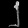
Digit: ၂